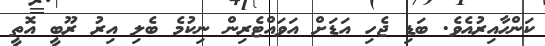
ކަންހާއިރުއެވެ. ބަޑި ޖެހި އަޑަށް އަވައްޓެރިން ނިކުމެ ބެލި އިރު ރޫބީ އޮތީ